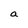
Character: a